Burma Government Medical School reports 1923-41
Year: 1923
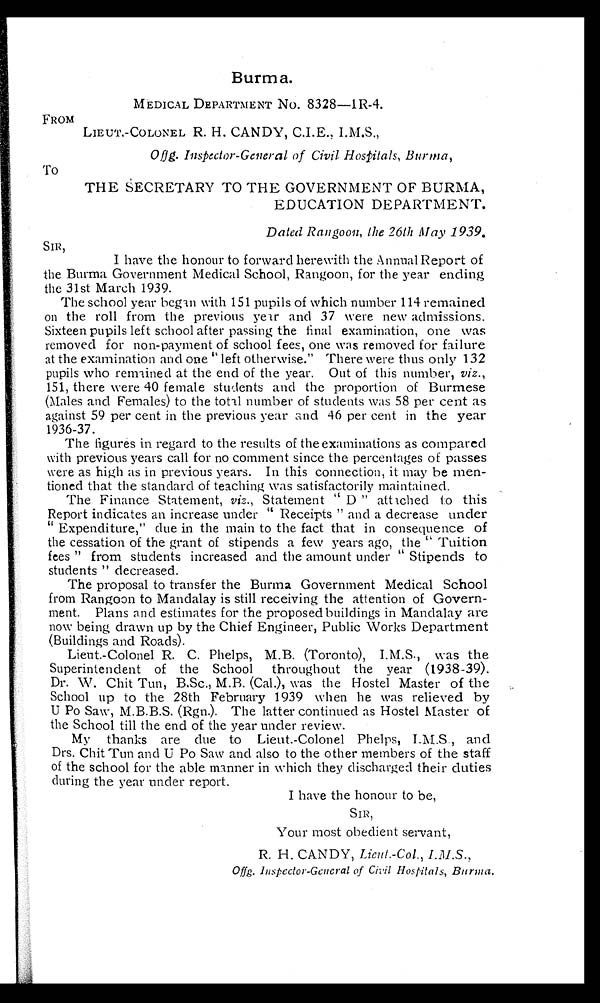
Burma.
MEDICAL DEPARTMENT NO. 8328—1R-4.
FROM
LIEUT.-COLONEL R. H. CANDY, C.I.E., I.M.S.,
Offg. Inspector-General of Civil Hospitals, Burma,
TO
THE SECRETARY TO THE GOVERNMENT OF BURMA,
EDUCATION DEPARTMENT.
Dated Rangoon, the 26th May 1939.
SIR,
I have the honour to forward herewith the Annual Report of
the Burma Government Medical School, Rangoon, for the year ending
the 31st March 1939.
The school year began with 151 pupils of which number 114 remained
on the roll from the previous year and 37 were new admissions.
Sixteen pupils left school after passing the final examination, one was
removed for non-payment of school fees, one was removed for failure
at the examination and one " left otherwise." There were thus only 132
pupils who remained at the end of the year. Out of this number, viz.,
151, there were 40 female students and the proportion of Burmese
(Males and Females) to the total number of students was 58 per cent as
against 59 per cent in the previous year and 46 per cent in the year
1936-37.
The figures in regard to the results of the examinations as compared
with previous years call for no comment since the percentages of passes
were as high as in previous years. In this connection, it may he men-
tioned that the standard of teaching was satisfactorily maintained.
The Finance Statement, viz ., Statement " D " attached to this
Report indicates an increase under " Receipts " and a decrease under
" Expenditure," due in the main to the fact that in consequence of
the cessation of the grant of stipends a few years ago, the " Tuition
fees " from students increased and the amount under " Stipends to
students " decreased.
The proposal to transfer the Burma Government Medical School
from Rangoon to Mandalay is still receiving the attention of Govern-
ment. Plans and estimates for the proposed buildings in Mandalay are
now being drawn up by the Chief Engineer, Public Works Department
(Buildings and Roads).
Lieut.-Colonel R. C. Phelps, M.B. (Toronto), I.M.S., was the
Superintendent of the School throughout the year (1938-39).
Dr. W. Chit Tun, B.Sc., M.B. (Cal.), was the Hostel Master of the
School up to the 28th February 1939 when he was relieved by
U Po Saw, M.B.B.S. (Rgn.). The latter continued as Hostel Master of
the School till the end of the year under review.
My thanks are due to Lieut.-Colonel Phelps, I.M.S., and
Drs. Chit Tun and U Po Saw and also to the other members of the staff
of the school for the able manner in which they discharged their duties
during the year under report.
I have the honour to be,
S I R ,
Your most obedient servant,
R. H. CANDY, Lieut.-Col., I.M.S.,
Offg. Inspector-General of Civil Hospitals, Burma.